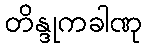
တိန္ဒုကခါဏု